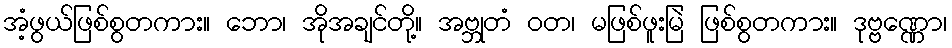
အံ့ဖွယ်ဖြစ်စွတကား။ ဘော၊ အိုအချင်တို့။ အဗ္ဘုတံ ဝတ၊ မဖြစ်ဖူးမြဲ ဖြစ်စွတကား။ ဒုဗ္ဗဏ္ဏော၊